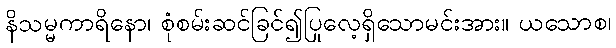
နိသမ္မကာရိနော၊ စုံစမ်းဆင်ခြင်၍ပြုလေ့ရှိသောမင်းအား။ ယသောစ၊